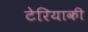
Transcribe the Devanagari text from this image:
टेरियाकी